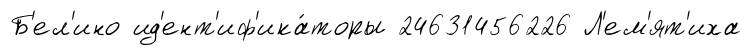
Б'ел'ино ид'ент'иф'ика́торы 24631456226 Л'ем'ят'иха